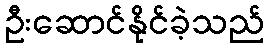
ဦးဆောင်နိုင်ခဲ့သည်